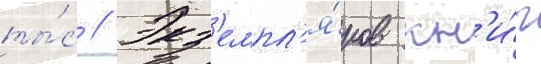
ты́с // Экз'емпл'я́ров кн'и́г